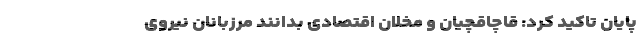
پایان تاکید کرد: قاچاقچیان و مخلان اقتصادی بدانند مرزبانان نیروی